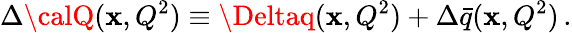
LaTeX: \Delta{\calQ}(\mathbf{x},Q^{2})\equiv\Deltaq(\mathbf{x},Q^{2})+\Delta\bar{{q}}(\mathbf{x},Q^{2})\, .